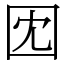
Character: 𫭃